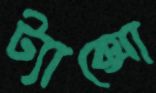
ট্যাক্সো